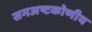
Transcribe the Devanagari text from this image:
समअष्टकोणीय